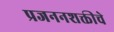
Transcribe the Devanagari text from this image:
प्रजननशक्तीचे